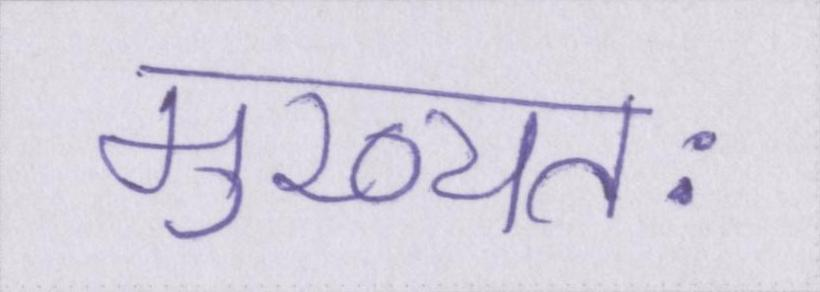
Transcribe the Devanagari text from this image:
मुख्यतः